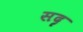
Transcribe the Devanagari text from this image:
सदृ